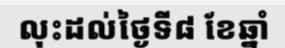
លុះដល់ថ្ងៃទី៨ ខែឆ្នាំ